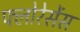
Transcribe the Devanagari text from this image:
फ्लोरेसेंस